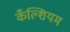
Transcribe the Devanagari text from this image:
कँल्शियम